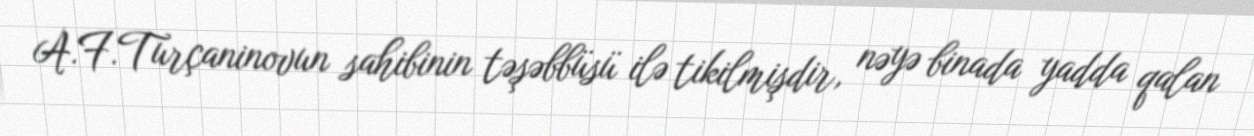
A.F.Turçaninovun sahibinin təşəbbüsü ilə tikilmişdir, nəyə binada yadda qalan